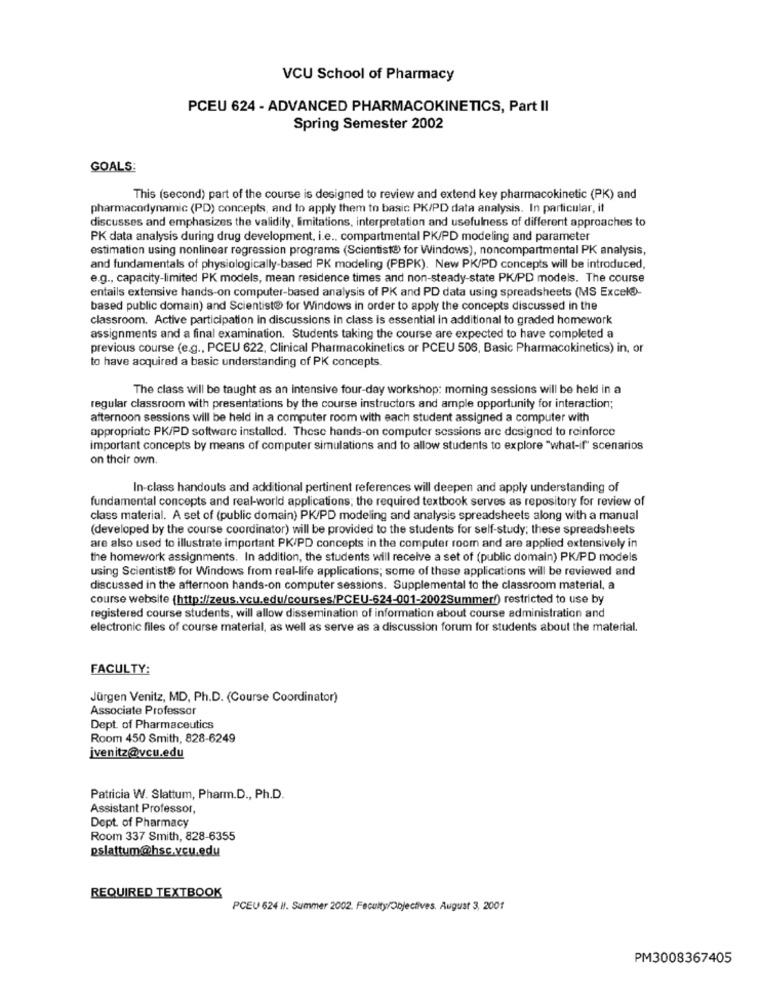
VCU School of Pharmacy
PCEU 624 - ADVANCED PHARMACOKINETICS, Part II
Spring Semester 2002
GOALS:
This (second) part of the course is designed to review and extend key pharmacokinetic (PK) and
pharmacodynamic (PD) concepts, and to apply them to basic PK/PD data analysis. In particular, it
discusses and emphasizes the validity, limitations, interpretation and usefulness of different approaches to
PK data analysis during drug development, i.e ., compartmental PK/PD modeling and parameter
estimation using nonlinear regression programs (Scientist) for Windows), noncompartmental PK analysis,
and fundamentals of physiologically-based PK modeling (PBPK). New PK/PD concepts will be introduced,
e.g ., capacity-limited PK models, mean residence times and non-steady-state PK/PD models. The course
entails extensive hands-on computer-based analysis of PK and PD data using spreadsheets (MS Excel®-
based public domain) and Scientist@ for Windows in order to apply the concepts discussed in the
classroom. Active participation in discussions in class is essential in additional to graded homework
assignments and a final examination. Students taking the course are expected to have completed a
previous course (e.g ., PCEU 622, Clinical Pharmacokinetics or PCEU 506, Basic Pharmacokinetics) in, or
to have acquired a basic understanding of PK concepts.
The class will be taught as an intensive four-day workshop: morning sessions will be held in a
regular classroom with presentations by the course instructors and ample opportunity for interaction;
afternoon sessions will be held in a computer room with each student assigned a computer with
appropriate PK/PD software installed. These hands-on computer sessions are designed to reinforce
important concepts by means of computer simulations and to allow students to explore "what-if" scenarios
on their ovm.
In-class handouts and additional pertinent references will deepen and apply understanding of
fundamental concepts and real-world applications; the required textbook serves as repository for review of
class material. A set of (public domain) PK/PD modeling and analysis spreadsheets along with a manual
(developed by the course coordinator) will be provided to the students for self-study; these spreadsheets
are also used to illustrate important PK/PD concepts in the computer room and are applied extensively in
the homework assignments. In addition, the students will receive a set of (public domain) PK/PD models
using Scientists for Windows from real-life applications; some of these applications will be reviewed and
discussed in the afternoon hands-on computer sessions. Supplemental to the classroom material, a
course website (http://zeus.vcu.edu/courses/PCEU-624-001-2002Summer!) restricted to use by
registered course students, will allow dissemination of information about course administration and
electronic files of course material, as well as serve as a discussion forum for students about the material.
FACULTY:
Jürgen Venitz, MD, Ph.D. (Course Coordinator)
Associate Professor
Dept. of Pharmaceutics
Room 450 Smith, 828-6249
jvenitz@vcu.edu
Patricia W. Slattum, Pharm.D ., Ph.D.
Assistant Professor,
Dept. of Pharmacy
Room 337 Smith, 828-6355
pslattum@hsc.vcu.edu
REQUIRED TEXTBOOK
PCEU 624 Il. Summer 2002. Faculty/Objectives. August 3, 2001
PM3008367405